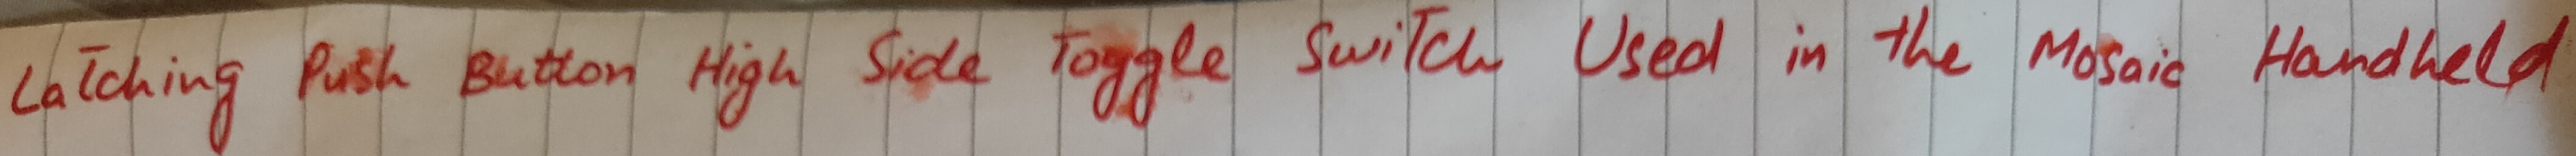
Text: Latching Push Button High Side Toggle Switch Used in the Mosaic Handheld